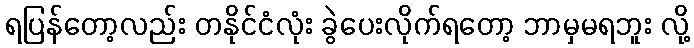
ရပြန်တော့လည်း တနိုင်ငံလုံး ခွဲပေးလိုက်ရတော့ ဘာမှမရဘူး လို့